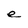
Character: e